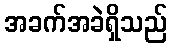
အခက်အခဲရှိသည်